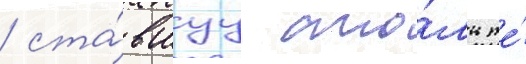
/ ста́вшуу сто́ль же́